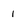
Character: i